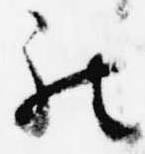
被